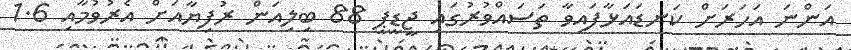
އަންނަ އަހަރަށް ކަނޑައަޅާފައިވާ ތަސައްވުރުގައި ޖީޑީޕީ 88 ބިލިއަން ރުފިޔާއަށް އެރުވުމާއި 1.6